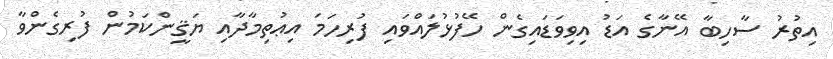
އިތުރު ސާހިބާ އޭނާގެ އަޑު އިވިވަޑައިގެން ހޭފުޅުލައްވައި ފުރިހަމަ އިޢުތިމާދާއި ޔަޤީންކަމުން ފުރިގެންވާ